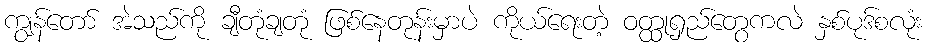
ကျွန်တော် အဲသည်ကို ချီတုံချတုံ ဖြစ်နေတုန်းမှာပဲ ကိုယ်ရေးတဲ့ ဝတ္ထုရှည်တွေကလဲ နှစ်ပုဒ်စလုံး